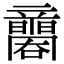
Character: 𥫐